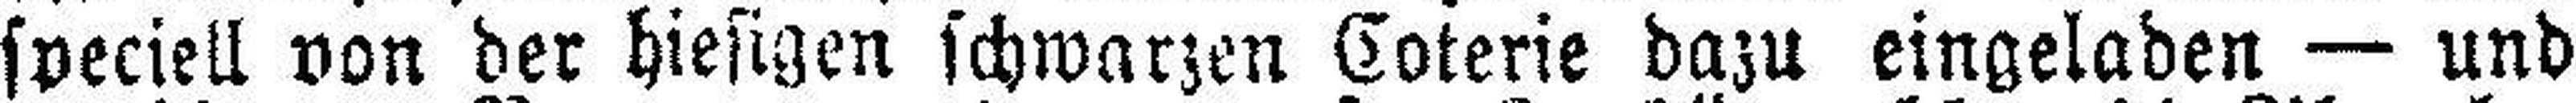
speciell von der hiesigen schwarzen Coterie dazu eingeladen — und